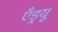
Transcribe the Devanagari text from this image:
एँड्रयू